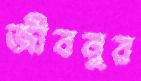
জীবনুর